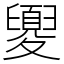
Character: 夓